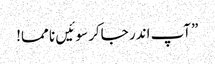
”آپ اندر جاکر سو ئیں نا مما!